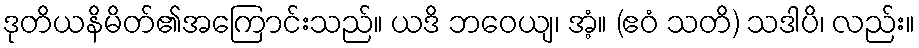
ဒုတိယနိမိတ်၏အကြောင်းသည်။ ယဒိ ဘဝေယျ၊ အံ့။ (ဧဝံ သတိ) သဒါပိ၊ လည်း။